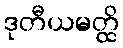
ဒုတီယမတ္ထိ